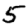
Digit: 5